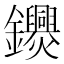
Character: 𨰨